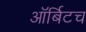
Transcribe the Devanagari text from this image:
ऑर्बिटच